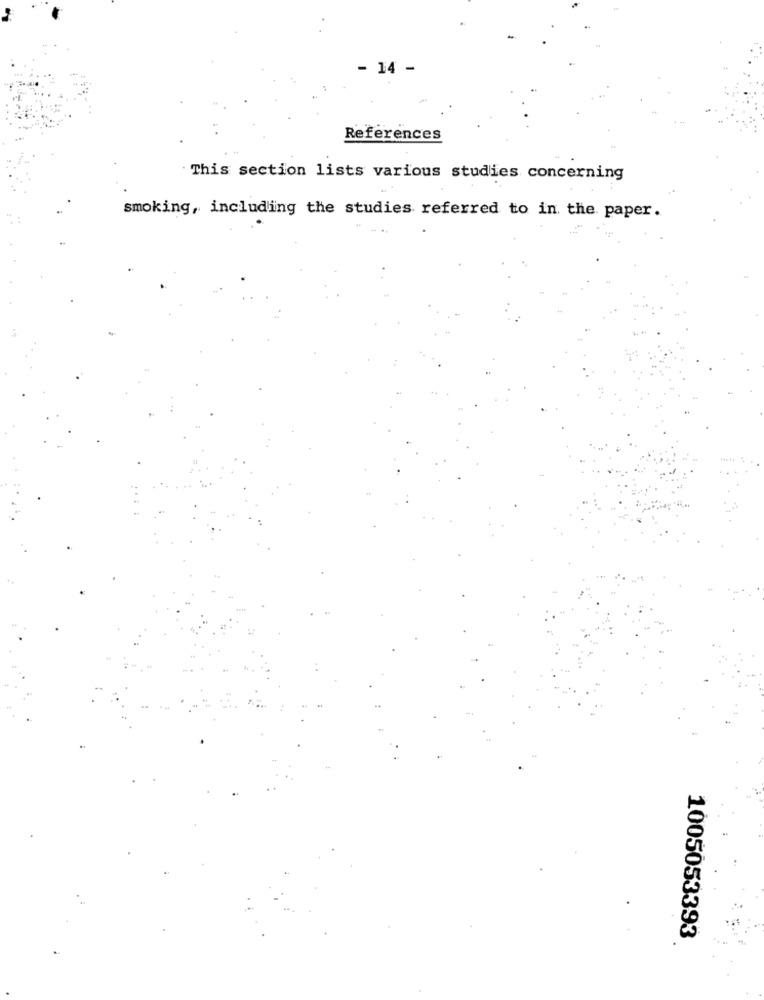
14 -
References
This section lists various studies concerning
smoking, including the studies referred to in. the. paper.
1005053393